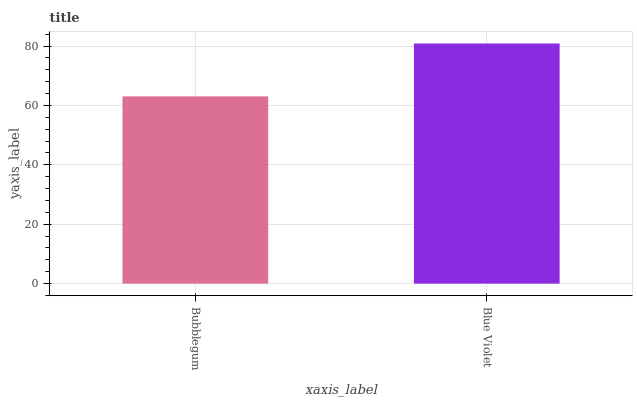
| xaxis_label | bars |
 | --- | --- |
 | Bubblegum | 63.1 |
 | Blue Violet | 80.8 |